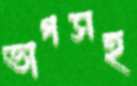
ভাগসহ